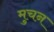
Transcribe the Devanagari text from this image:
मुचन